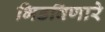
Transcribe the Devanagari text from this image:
भिडविणारे